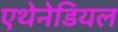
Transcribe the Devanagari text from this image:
एथेनेडियल